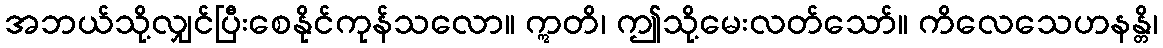
အဘယ်သို့လျှင်ပြီးစေနိုင်ကုန်သလော။ ဣတိ၊ ဤသို့မေးလတ်သော်။ ကိလေသေဟနန္တိ၊